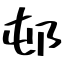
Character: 邨